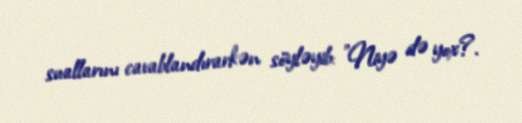
suallarını cavablandırarkən söyləyib: "Niyə də yox?.